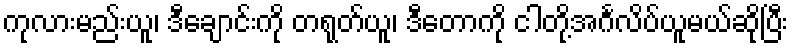
ကုလားမည်းယူ၊ ဒီချောင်းကို တရုတ်ယူ၊ ဒီတောကို ငါတို့အင်္ဂလိပ်ယူမယ်ဆိုပြီး